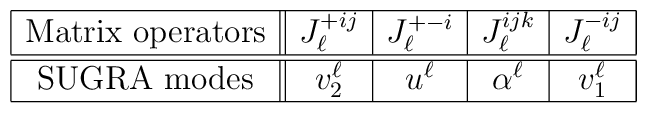
\begin{array}{|c||c|c|c|c|}\hline\mbox{Matrix operators} &J_{\ell}^{+ij}&J_{\ell}^{+-i}& J_{\ell}^{ijk} & J_{\ell}^{-ij}   \\\hline\hline\mbox{SUGRA modes} &v^{\ell}_2 & u^{\ell} & \alpha^{\ell} &  v_1^{\ell} \\\hline\end{array}